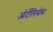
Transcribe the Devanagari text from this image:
ओर्टेलिसेस